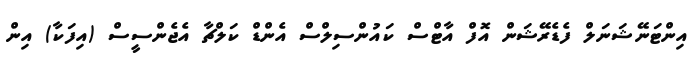
އިންޓަނޭޝަނަލް ފެޑެރޭޝަން އޮފް އާޓްސް ކައުންސިލްސް އެންޑް ކަލްޗާ އެޖެންސީސް (އިފަކާ) އިން